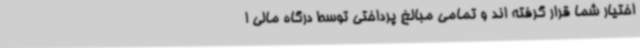
اختیار شما قرار گرفته اند و تمامی مبالغ پرداختی توسط درگاه مالی ا